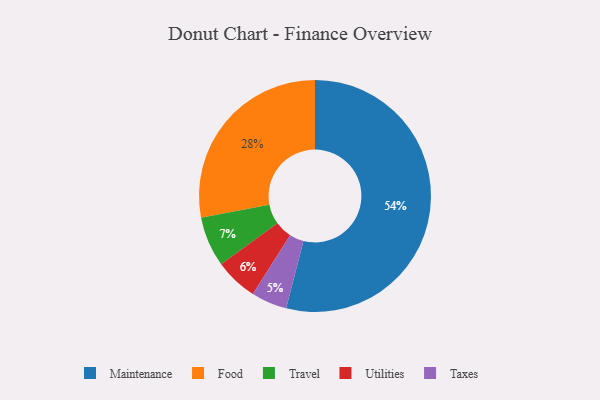
{"axis": {"x": "Category", "y": "Percentage"}, "legend": ["Food", "Maintenance", "Taxes", "Travel", "Utilities"], "data": [{"x": "Food", "y": 28, "type": "Food"}, {"x": "Maintenance", "y": 54, "type": "Maintenance"}, {"x": "Travel", "y": 7, "type": "Travel"}, {"x": "Taxes", "y": 5, "type": "Taxes"}, {"x": "Utilities", "y": 6, "type": "Utilities"}]}